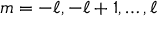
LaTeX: m = - \ell , - \ell + 1 , \dots , \ell